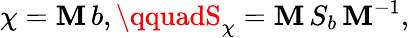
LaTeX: \chi=\mathbf{M}\, b,\qquadS_{\chi}=\mathbf{M}\, S_{b}\, \mathbf{M}^{-1},